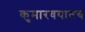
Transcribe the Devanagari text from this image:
कुमारवयातच